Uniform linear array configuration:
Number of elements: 24
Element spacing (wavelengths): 0.75
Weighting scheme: kaiser
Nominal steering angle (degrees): -30
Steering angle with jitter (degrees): -29.367
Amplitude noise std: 0.05
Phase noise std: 0.05

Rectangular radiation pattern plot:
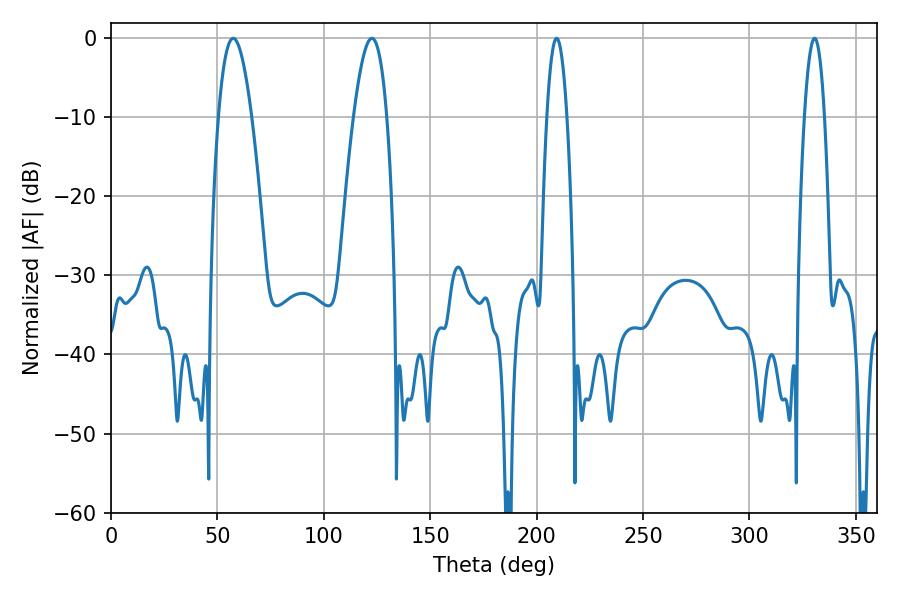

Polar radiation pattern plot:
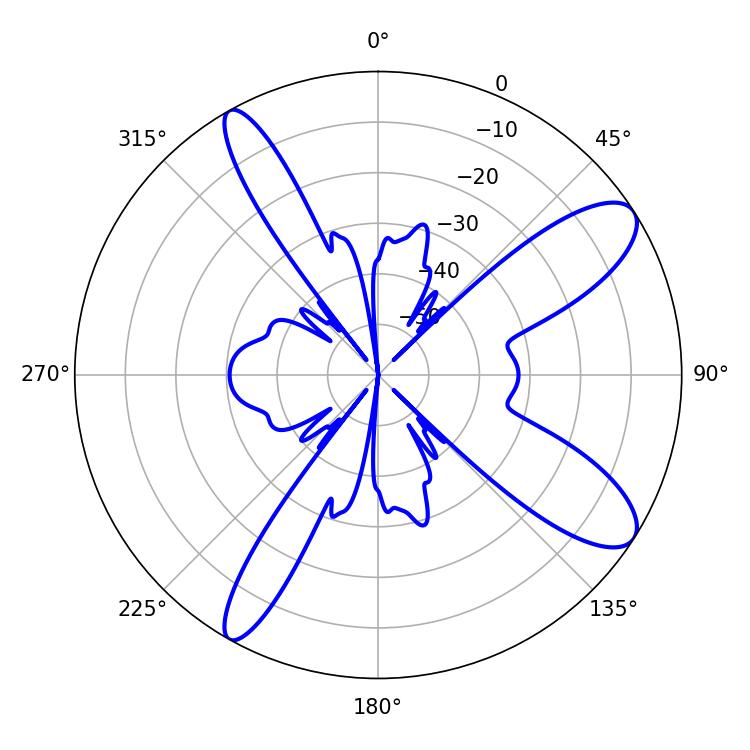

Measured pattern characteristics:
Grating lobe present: TRUE
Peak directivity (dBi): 10.547
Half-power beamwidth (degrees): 8.46
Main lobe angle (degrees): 57.42